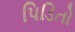
પિડિતો